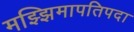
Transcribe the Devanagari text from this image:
मझ्झिमापतिपदा